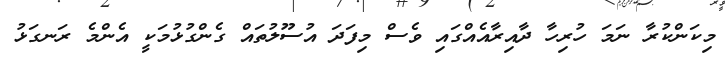
މިކަންކުރާ ނަމަ ހުރިހާ ދާއިރާއެއްގައި ވެސް މިފަދަ އުސޫލުތައް ގެންގުޅުމަކީ އެންމެ ރަނގަޅު